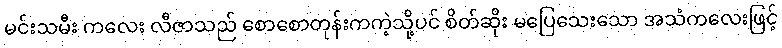
မင်းသမီး ကလေး လီဇာသည် စောစောတုန်းကကဲ့သို့ပင် စိတ်ဆိုး မပြေသေးသော အသံကလေးဖြင့်